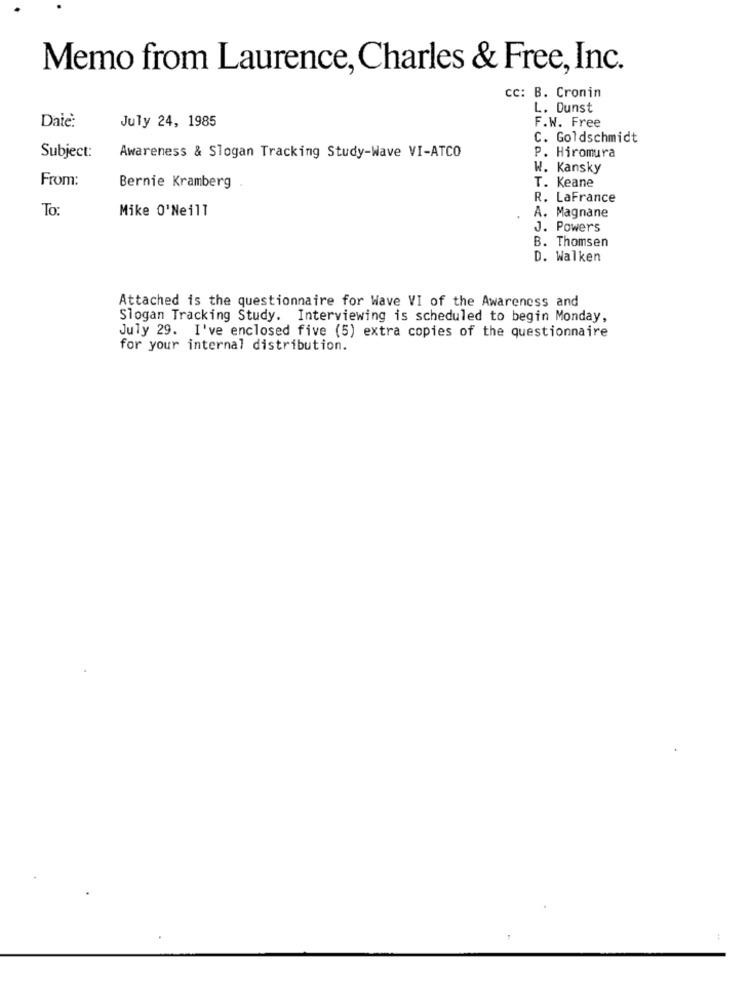
Memo from Laurence, Charles & Free, Inc.
cc: B. Cronin
L. Dunst
Date:
July 24, 1985
F.W. Free
C. Goldschmidt
Subject:
Awareness & Slogan Tracking Study-Wave VI-ATCO
P. Hiromura
W. Kansky
From:
Bernie Kramberg
T. Keane
R. LaFrance
To
Mike 0'Neill
A. Magnane
J. Powers
B. Thomsen
D. Walken
Attached is the questionnaire for Wave VI of the Awareness and
Slogan Tracking Study. Interviewing is scheduled to begin Monday,
July 29. I've enclosed five (5) extra copies of the questionnaire
for your internal distribution.